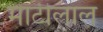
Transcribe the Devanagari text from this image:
माटीलाल